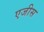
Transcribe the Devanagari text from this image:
एजीस